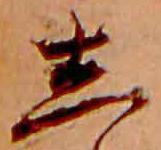
し